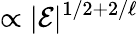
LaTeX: \propto|{\cal E}|^{1/2+2/\ell}